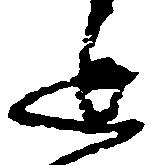
延